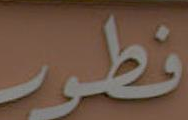
فطور